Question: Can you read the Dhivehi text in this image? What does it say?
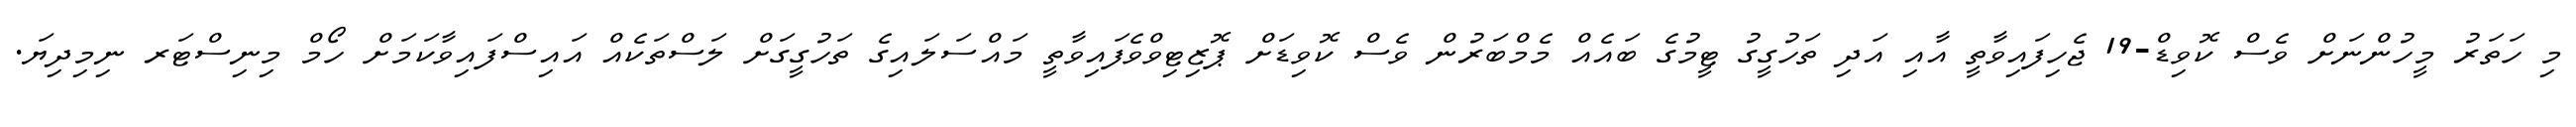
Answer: މި ހަތަރު މީހުންނަށް ވެސް ކޮވިޑް-19 ޖެހިފައިވާތީ އާއި އަދި ތަހުގީގު ޓީމުގެ ބައެއް މެމްބަރުން ވެސް ކޮވިޑަށް ޕޮޒިޓިވްވެފައިވާތީ މައްސަލައިގެ ތަހުގީގަށް ލަސްތަކެއް އައިސްފައިވާކަމަށް ހޯމް މިނިސްޓަރ ނިމިދިޔަ.